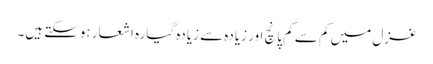
غزل میں کم سے کم پانچ اور زیادہ سے زیادہ گیارہ اشعار ہوسکتے ہیں۔